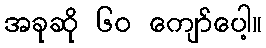
အခုဆို ၆၀ ကျော်ပေါ့။